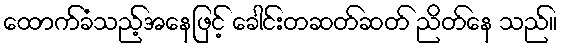
ထောက်ခံသည့်အနေဖြင့် ခေါင်းတဆတ်ဆတ် ညိတ်နေ သည်။